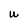
Character: W